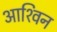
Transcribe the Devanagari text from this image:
आश्‍विन